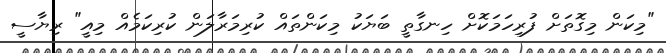
"މިކަން މިގޮތަށް ފުރިހަމަކޮށް ހިނގާތީ ބަޔަކު މިކަންތައް ކުރިމަރާލަން ކުރިކަމެއް މިއީ" ރިޔާސީ